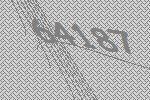
64187